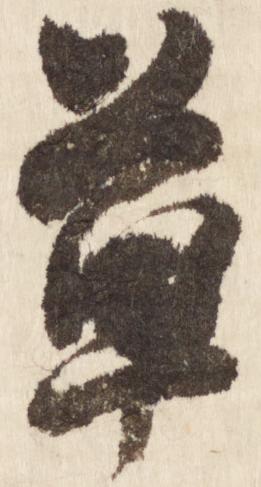
草